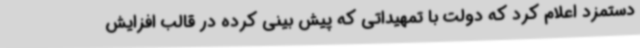
دستمزد اعلام کرد که دولت با تمهیداتی که پیش بینی کرده در قالب افزایش